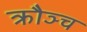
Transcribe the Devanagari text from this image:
क्रौञ्च